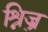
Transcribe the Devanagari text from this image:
श्निज़्र